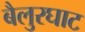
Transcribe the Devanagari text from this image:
बैलुरघाट